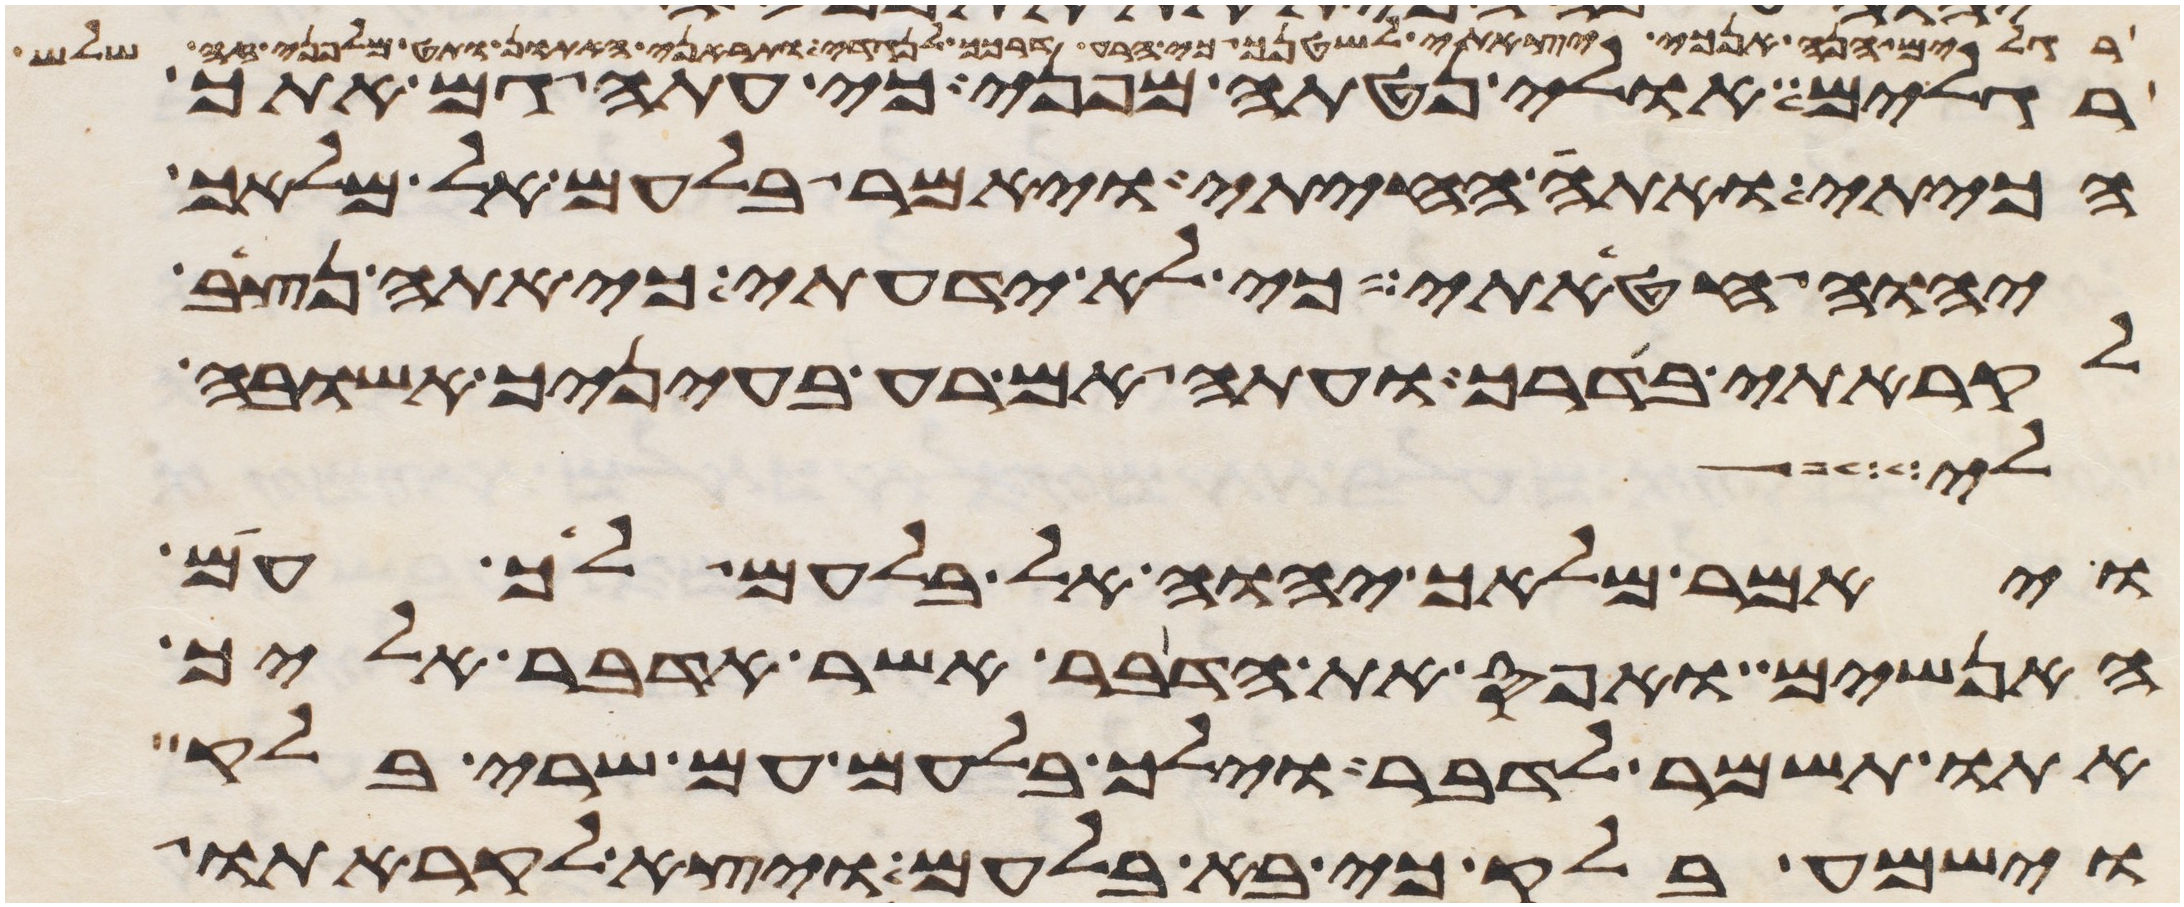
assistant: רגלים הנה אנכי יצאתי לשטנך כי הרע דרכך לנגדי ותראני האתון ותט מלפני זה שלש
רגלים אולי נטתה מפני כי עתה גם אתך
הכיתי ואתה החייתי ויאמר בלעם אל מלאך
יהוה חטאתי כי לא ידעתי כי אתה נצב
לקראתי בדרך ועתה אם רעה בעיניך אשובה
לי
ויאמר מלאך יהוה אל בלעם לך עם
האנשים ואפס את הדבר אשר אדבר אליך
אתו תשמר לדבר וילך בלעם עם שרי בלק
וישמע בלק כי בא בלעם ויצא לקראתו